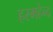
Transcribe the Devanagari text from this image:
हरमहेन्द्र